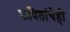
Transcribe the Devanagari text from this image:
कवितांचेही